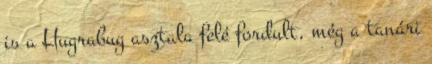
is a Hugrabug asztala felé fordult, még a tanári